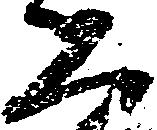
恐